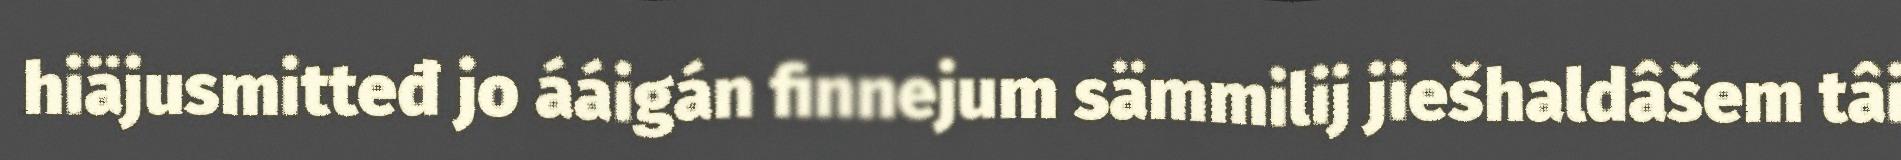
hiäjusmitteđ jo ááigán finnejum sämmilij jiešhaldâšem tâi